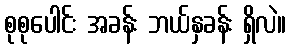
စုစုပေါင်း အခန်း ဘယ်နှခန်း ရှိလဲ။